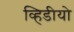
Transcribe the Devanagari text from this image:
व्हिडीयो